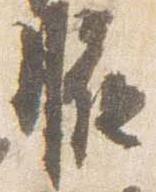
腋